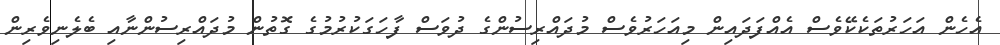
އެހެން އަހަރުތަކެކޭވެސް އެއްފަދައިން މިއަހަރުވެސް މުދައްރިސުންގެ ދުވަސް ފާހަގަކުރުމުގެ ގޮތުން މުދައްރިސުންނާއި ބެލެނިވެރިން